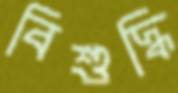
বিশুদ্ধি